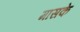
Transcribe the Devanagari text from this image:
मासके